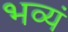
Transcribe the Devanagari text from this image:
भव्यं